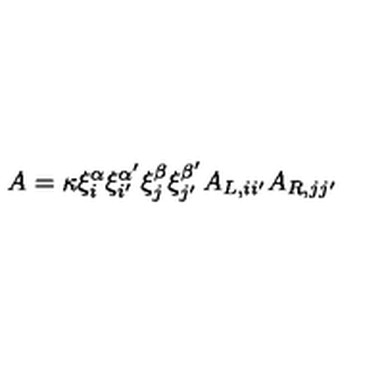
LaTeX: A = \kappa \xi _ { i } ^ { \alpha } \xi _ { i ^ { \prime } } ^ { \alpha ^ { \prime } } \xi _ { j } ^ { \beta } \xi _ { j ^ { \prime } } ^ { \beta ^ { \prime } } A _ { L , i i ^ { \prime } } A _ { R , j j ^ { \prime } }